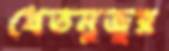
খেতমুজুর